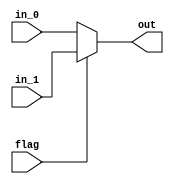
module mux #(
  parameter LENGTH = 4,
  parameter DATA_WIDTH = 16
)(
  input flag,
  input [LENGTH*DATA_WIDTH-1 : 0] in_0,
  input [LENGTH*DATA_WIDTH-1 : 0] in_1,  
  output [LENGTH*DATA_WIDTH-1 : 0] out  
);
  assign out = flag ? in_1 : in_0;
endmodule

module invert #(
  parameter LENGTH = 4,
  parameter DATA_WIDTH = 16
) (
  input [LENGTH*DATA_WIDTH-1 : 0] in,
  output [LENGTH*DATA_WIDTH-1 : 0] out
);
  genvar i; 
  generate for (i=0; i<LENGTH; i=i+1)
    assign out[DATA_WIDTH*(i+1) -1 -: DATA_WIDTH] 
           = in[DATA_WIDTH*(LENGTH-i) -1 -: DATA_WIDTH];
  endgenerate 
endmodule

module shifter #(
  parameter LENGTH = 3,
  parameter DATA_WIDTH = 16
) (
  input clk,
  input enable,
  input [DATA_WIDTH-1 : 0] in,
  output reg [DATA_WIDTH-1 : 0] out = 0
);
  reg [DATA_WIDTH*LENGTH-1 : 0] inner_shifters = 0;
  integer i;
  always @(posedge clk ) begin
    if (enable) begin
      inner_shifters[DATA_WIDTH-1 : 0] <= in;
      out <= inner_shifters[DATA_WIDTH*LENGTH-1 -: DATA_WIDTH];
      for (i=1; i<LENGTH; i=i+1) 
        inner_shifters[DATA_WIDTH*(i+1) - 1 -: DATA_WIDTH] 
        <= inner_shifters[DATA_WIDTH*i - 1 -: DATA_WIDTH];
    end else begin
      out <= out;
      inner_shifters <= inner_shifters;
    end
  end  
endmodule

module column_shifter #(
  parameter LENGTH = 4,
  parameter DATA_WIDTH = 16
) (
  input clk,
  input enable,
  input [LENGTH*DATA_WIDTH-1 : 0] in,
  output reg [LENGTH*DATA_WIDTH-1 : 0] out  
);
  always @(posedge clk) out <= in;
endmodule

// 
module triangle_shifter_array #(
  parameter HIGHT = 4,
  parameter DATA_WIDTH = 16 
) (
  input clk,
  input enable,
  input [DATA_WIDTH*HIGHT-1 : 0] in,
  output [DATA_WIDTH*HIGHT-1 : 0] out
);
  reg [DATA_WIDTH-1:0] lowest = 0;
  genvar i;
  assign out[DATA_WIDTH-1 -: DATA_WIDTH] = lowest;
  always @(posedge clk) 
    lowest <= in[DATA_WIDTH-1 -: DATA_WIDTH];
  generate for( i = 1; i< HIGHT; i=i+1) begin
      shifter #(i, DATA_WIDTH) shifter (clk, enable, in[DATA_WIDTH*(i+1)-1 -: DATA_WIDTH], out[DATA_WIDTH*(i+1)-1 -: DATA_WIDTH]);
  end endgenerate
endmodule


module input_parser #(
  parameter Full_Size = 8,
  parameter Half_Size = 4,
  parameter DATA_WIDTH = 16
) (
  input clk,
  input enable,
  input tile,
  input [Full_Size*DATA_WIDTH-1 : 0] in_0,
  input [Full_Size*DATA_WIDTH-1 : 0] in_1,  // 
  output [Full_Size*DATA_WIDTH-1 : 0] out_0,
  output [Full_Size*DATA_WIDTH-1 : 0] out_1 // 
);
  wire [Half_Size*DATA_WIDTH-1 : 0] wire_tri_0_out;
  wire [Half_Size*DATA_WIDTH-1 : 0] wire_tri_0_out_delayed;
  wire [Half_Size*DATA_WIDTH-1 : 0] wire_tri_1_out;
  wire [Half_Size*DATA_WIDTH-1 : 0] wire_tri_2_in;
  wire [Half_Size*DATA_WIDTH-1 : 0] wire_tri_2_out;
  wire [Half_Size*DATA_WIDTH-1 : 0] wire_tri_2_out_inv;
  wire [Half_Size*DATA_WIDTH-1 : 0] wire_tri_3_in;
  wire [Half_Size*DATA_WIDTH-1 : 0] wire_tri_3_out;
  wire [Half_Size*DATA_WIDTH-1 : 0] inv_3_data_out;

  triangle_shifter_array #(Half_Size, DATA_WIDTH) triangle_0 (clk, enable, in_0[Half_Size*DATA_WIDTH-1 -: Half_Size*DATA_WIDTH], wire_tri_0_out);
  triangle_shifter_array #(Half_Size, DATA_WIDTH) triangle_1 (clk, enable, in_0[Full_Size*DATA_WIDTH-1 -: Half_Size*DATA_WIDTH], wire_tri_1_out);
  mux #(Half_Size,DATA_WIDTH) mux_tri_2_in (tile, wire_tri_1_out, in_1[Full_Size*DATA_WIDTH-1 -: Half_Size*DATA_WIDTH], wire_tri_2_in);
  triangle_shifter_array #(Half_Size, DATA_WIDTH) triangle_2 (clk, enable, wire_tri_2_in, wire_tri_2_out);
  invert #(Half_Size,DATA_WIDTH) invert_2_out (wire_tri_2_out, wire_tri_2_out_inv);
  mux #(Half_Size,DATA_WIDTH) mux_tri_3_in (tile, wire_tri_2_out_inv, in_1[Half_Size*DATA_WIDTH-1 -: Half_Size*DATA_WIDTH], wire_tri_3_in);
  triangle_shifter_array #(Half_Size, DATA_WIDTH) triangle_3 (clk, enable, wire_tri_3_in, wire_tri_3_out);
  invert #(Half_Size,DATA_WIDTH) invert_3_out (wire_tri_3_out, inv_3_data_out);
  column_shifter # (Half_Size, DATA_WIDTH) column (clk, enable, wire_tri_0_out, wire_tri_0_out_delayed);
  assign out_0[Full_Size*DATA_WIDTH-1 -: Half_Size*DATA_WIDTH] = tile ? wire_tri_3_out : inv_3_data_out;
  assign out_0[Half_Size*DATA_WIDTH-1 -: Half_Size*DATA_WIDTH] = tile ? wire_tri_0_out : wire_tri_0_out_delayed;
  assign out_1[Half_Size*DATA_WIDTH-1 -: Half_Size*DATA_WIDTH] = wire_tri_3_out;
  assign out_1[Full_Size*DATA_WIDTH-1 -: Half_Size*DATA_WIDTH] = wire_tri_2_out;
endmodule

module test();
  reg clk = 0;
  reg enable = 1;
  reg tile;
  reg [63:0] in_0 = 0;
  reg [63:0] in_1 = 0;
  wire [63:0] out_0;
  wire [63:0] out_1;

  input_parser #(8,4,8) in_parse (clk, enable, tile, in_0, in_1, out_0, out_1);
  
  always # 1 begin 
    $display("out_0: %d%d%d%d %d%d%d%d, out_1: %d%d%d%d %d%d%d%d", 
            out_0[63:56], out_0[55:48], out_0[47:40], out_0[39:32], out_0[31:24], out_0[23:16], out_0[15:8], out_0[7:0],
            out_1[63:56], out_1[55:48], out_1[47:40], out_1[39:32], out_1[31:24], out_1[23:16], out_1[15:8], out_1[7:0]
            );
    clk = !clk; 
  end
  
  initial begin
    # 0 tile = 1; $display(" on");
    # 1 in_0[63:56] = 8; in_0[55:48] = 7; in_0[47:40] = 6; in_0[39:32] = 5;
        in_0[31:24] = 4; in_0[23:16] = 3; in_0[15: 8] = 2; in_0[ 7: 0] = 1;
        in_1[63:56] = 88; in_1[55:48] = 77; in_1[47:40] = 66; in_1[39:32] = 55;
        in_1[31:24] = 44; in_1[23:16] = 33; in_1[15: 8] = 22; in_1[ 7: 0] = 11;
    # 1 in_0[63:56] = 8; in_0[55:48] = 7; in_0[47:40] = 6; in_0[39:32] = 5;
        in_0[31:24] = 4; in_0[23:16] = 3; in_0[15: 8] = 2; in_0[ 7: 0] = 1;
        in_1[63:56] = 88; in_1[55:48] = 77; in_1[47:40] = 66; in_1[39:32] = 55;
        in_1[31:24] = 44; in_1[23:16] = 33; in_1[15: 8] = 22; in_1[ 7: 0] = 11; 
    # 1 in_0[63:56] = 0; in_0[55:48] = 0; in_0[47:40] = 0; in_0[39:32] = 0;
        in_0[31:24] = 0; in_0[23:16] = 0; in_0[15: 8] = 0; in_0[ 7: 0] = 0;
        in_1[63:56] = 0; in_1[55:48] = 0; in_1[47:40] = 0; in_1[39:32] = 0;
        in_1[31:24] = 0; in_1[23:16] = 0; in_1[15: 8] = 0; in_1[ 7: 0] = 0;
    # 1 in_0[63:56] = 0; in_0[55:48] = 0; in_0[47:40] = 0; in_0[39:32] = 0;
        in_0[31:24] = 0; in_0[23:16] = 0; in_0[15: 8] = 0; in_0[ 7: 0] = 0;
        in_1[63:56] = 0; in_1[55:48] = 0; in_1[47:40] = 0; in_1[39:32] = 0;
        in_1[31:24] = 0; in_1[23:16] = 0; in_1[15: 8] = 0; in_1[ 7: 0] = 0;
    # 1 in_0[63:56] = 8; in_0[55:48] = 7; in_0[47:40] = 6; in_0[39:32] = 5;
        in_0[31:24] = 4; in_0[23:16] = 3; in_0[15: 8] = 2; in_0[ 7: 0] = 1;
        in_1[63:56] = 88; in_1[55:48] = 77; in_1[47:40] = 66; in_1[39:32] = 55;
        in_1[31:24] = 44; in_1[23:16] = 33; in_1[15: 8] = 22; in_1[ 7: 0] = 11;
    # 1 in_0[63:56] = 8; in_0[55:48] = 7; in_0[47:40] = 6; in_0[39:32] = 5;
        in_0[31:24] = 4; in_0[23:16] = 3; in_0[15: 8] = 2; in_0[ 7: 0] = 1;
        in_1[63:56] = 88; in_1[55:48] = 77; in_1[47:40] = 66; in_1[39:32] = 55;
        in_1[31:24] = 44; in_1[23:16] = 33; in_1[15: 8] = 22; in_1[ 7: 0] = 11; 
    # 1 in_0[63:56] = 0; in_0[55:48] = 0; in_0[47:40] = 0; in_0[39:32] = 0;
        in_0[31:24] = 0; in_0[23:16] = 0; in_0[15: 8] = 0; in_0[ 7: 0] = 0;
        in_1[63:56] = 0; in_1[55:48] = 0; in_1[47:40] = 0; in_1[39:32] = 0;
        in_1[31:24] = 0; in_1[23:16] = 0; in_1[15: 8] = 0; in_1[ 7: 0] = 0;
    # 1 in_0[63:56] = 0; in_0[55:48] = 0; in_0[47:40] = 0; in_0[39:32] = 0;
        in_0[31:24] = 0; in_0[23:16] = 0; in_0[15: 8] = 0; in_0[ 7: 0] = 0;
        in_1[63:56] = 0; in_1[55:48] = 0; in_1[47:40] = 0; in_1[39:32] = 0;
        in_1[31:24] = 0; in_1[23:16] = 0; in_1[15: 8] = 0; in_1[ 7: 0] = 0; 
    # 1 in_0[63:56] = 0; in_0[55:48] = 0; in_0[47:40] = 0; in_0[39:32] = 0;
        in_0[31:24] = 0; in_0[23:16] = 0; in_0[15: 8] = 0; in_0[ 7: 0] = 0;
        in_1[63:56] = 0; in_1[55:48] = 0; in_1[47:40] = 0; in_1[39:32] = 0;
        in_1[31:24] = 0; in_1[23:16] = 0; in_1[15: 8] = 0; in_1[ 7: 0] = 0;
    # 1 in_0[63:56] = 0; in_0[55:48] = 0; in_0[47:40] = 0; in_0[39:32] = 0;
        in_0[31:24] = 0; in_0[23:16] = 0; in_0[15: 8] = 0; in_0[ 7: 0] = 0;
        in_1[63:56] = 0; in_1[55:48] = 0; in_1[47:40] = 0; in_1[39:32] = 0;
        in_1[31:24] = 0; in_1[23:16] = 0; in_1[15: 8] = 0; in_1[ 7: 0] = 0;
    # 1 in_0[63:56] = 8; in_0[55:48] = 7; in_0[47:40] = 6; in_0[39:32] = 5;
        in_0[31:24] = 4; in_0[23:16] = 3; in_0[15: 8] = 2; in_0[ 7: 0] = 1;
        in_1[63:56] = 88; in_1[55:48] = 77; in_1[47:40] = 66; in_1[39:32] = 55;
        in_1[31:24] = 44; in_1[23:16] = 33; in_1[15: 8] = 22; in_1[ 7: 0] = 11;
    # 1 in_0[63:56] = 8; in_0[55:48] = 7; in_0[47:40] = 6; in_0[39:32] = 5;
        in_0[31:24] = 4; in_0[23:16] = 3; in_0[15: 8] = 2; in_0[ 7: 0] = 1;
        in_1[63:56] = 88; in_1[55:48] = 77; in_1[47:40] = 66; in_1[39:32] = 55;
        in_1[31:24] = 44; in_1[23:16] = 33; in_1[15: 8] = 22; in_1[ 7: 0] = 11; 
    # 1 in_0[63:56] = 0; in_0[55:48] = 0; in_0[47:40] = 0; in_0[39:32] = 0;
        in_0[31:24] = 0; in_0[23:16] = 0; in_0[15: 8] = 0; in_0[ 7: 0] = 0;
        in_1[63:56] = 0; in_1[55:48] = 0; in_1[47:40] = 0; in_1[39:32] = 0;
        in_1[31:24] = 0; in_1[23:16] = 0; in_1[15: 8] = 0; in_1[ 7: 0] = 0;
    # 1 in_0[63:56] = 0; in_0[55:48] = 0; in_0[47:40] = 0; in_0[39:32] = 0;
        in_0[31:24] = 0; in_0[23:16] = 0; in_0[15: 8] = 0; in_0[ 7: 0] = 0;
        in_1[63:56] = 0; in_1[55:48] = 0; in_1[47:40] = 0; in_1[39:32] = 0;
        in_1[31:24] = 0; in_1[23:16] = 0; in_1[15: 8] = 0; in_1[ 7: 0] = 0;
    # 1 in_0[63:56] = 0; in_0[55:48] = 0; in_0[47:40] = 0; in_0[39:32] = 0;
        in_0[31:24] = 0; in_0[23:16] = 0; in_0[15: 8] = 0; in_0[ 7: 0] = 0;
        in_1[63:56] = 0; in_1[55:48] = 0; in_1[47:40] = 0; in_1[39:32] = 0;
        in_1[31:24] = 0; in_1[23:16] = 0; in_1[15: 8] = 0; in_1[ 7: 0] = 0;
    # 1 in_0[63:56] = 0; in_0[55:48] = 0; in_0[47:40] = 0; in_0[39:32] = 0;
        in_0[31:24] = 0; in_0[23:16] = 0; in_0[15: 8] = 0; in_0[ 7: 0] = 0;
        in_1[63:56] = 0; in_1[55:48] = 0; in_1[47:40] = 0; in_1[39:32] = 0;
        in_1[31:24] = 0; in_1[23:16] = 0; in_1[15: 8] = 0; in_1[ 7: 0] = 0;
    # 1 in_0[63:56] = 8; in_0[55:48] = 7; in_0[47:40] = 6; in_0[39:32] = 5;
        in_0[31:24] = 4; in_0[23:16] = 3; in_0[15: 8] = 2; in_0[ 7: 0] = 1;
        in_1[63:56] = 88; in_1[55:48] = 77; in_1[47:40] = 66; in_1[39:32] = 55;
        in_1[31:24] = 44; in_1[23:16] = 33; in_1[15: 8] = 22; in_1[ 7: 0] = 11;
    # 1 in_0[63:56] = 8; in_0[55:48] = 7; in_0[47:40] = 6; in_0[39:32] = 5;
        in_0[31:24] = 4; in_0[23:16] = 3; in_0[15: 8] = 2; in_0[ 7: 0] = 1;
        in_1[63:56] = 88; in_1[55:48] = 77; in_1[47:40] = 66; in_1[39:32] = 55;
        in_1[31:24] = 44; in_1[23:16] = 33; in_1[15: 8] = 22; in_1[ 7: 0] = 11; 
    # 1 in_0[63:56] = 0; in_0[55:48] = 0; in_0[47:40] = 0; in_0[39:32] = 0;
        in_0[31:24] = 0; in_0[23:16] = 0; in_0[15: 8] = 0; in_0[ 7: 0] = 0;
        in_1[63:56] = 0; in_1[55:48] = 0; in_1[47:40] = 0; in_1[39:32] = 0;
        in_1[31:24] = 0; in_1[23:16] = 0; in_1[15: 8] = 0; in_1[ 7: 0] = 0;
    # 1 in_0[63:56] = 0; in_0[55:48] = 0; in_0[47:40] = 0; in_0[39:32] = 0;
        in_0[31:24] = 0; in_0[23:16] = 0; in_0[15: 8] = 0; in_0[ 7: 0] = 0;
        in_1[63:56] = 0; in_1[55:48] = 0; in_1[47:40] = 0; in_1[39:32] = 0;
        in_1[31:24] = 0; in_1[23:16] = 0; in_1[15: 8] = 0; in_1[ 7: 0] = 0;        
    # 1 tile = 0; $display(" offsize/2");
    # 1 in_0[63:56] = 8; in_0[55:48] = 7; in_0[47:40] = 6; in_0[39:32] = 5;
        in_0[31:24] = 4; in_0[23:16] = 3; in_0[15: 8] = 2; in_0[ 7: 0] = 1;
    # 1 in_0[63:56] = 8; in_0[55:48] = 7; in_0[47:40] = 6; in_0[39:32] = 5;
        in_0[31:24] = 4; in_0[23:16] = 3; in_0[15: 8] = 2; in_0[ 7: 0] = 1;    
    # 1 in_0[63:56] = 0; in_0[55:48] = 0; in_0[47:40] = 0; in_0[39:32] = 0;
        in_0[31:24] = 0; in_0[23:16] = 0; in_0[15: 8] = 0; in_0[ 7: 0] = 0;
    # 1 in_0[63:56] = 0; in_0[55:48] = 0; in_0[47:40] = 0; in_0[39:32] = 0;
        in_0[31:24] = 0; in_0[23:16] = 0; in_0[15: 8] = 0; in_0[ 7: 0] = 0;    
    # 1 in_0[63:56] = 8; in_0[55:48] = 7; in_0[47:40] = 6; in_0[39:32] = 5;
        in_0[31:24] = 4; in_0[23:16] = 3; in_0[15: 8] = 2; in_0[ 7: 0] = 1;
    # 1 in_0[63:56] = 8; in_0[55:48] = 7; in_0[47:40] = 6; in_0[39:32] = 5;
        in_0[31:24] = 4; in_0[23:16] = 3; in_0[15: 8] = 2; in_0[ 7: 0] = 1;    
    # 1 in_0[63:56] = 0; in_0[55:48] = 0; in_0[47:40] = 0; in_0[39:32] = 0;
        in_0[31:24] = 0; in_0[23:16] = 0; in_0[15: 8] = 0; in_0[ 7: 0] = 0;
    # 1 in_0[63:56] = 0; in_0[55:48] = 0; in_0[47:40] = 0; in_0[39:32] = 0;
        in_0[31:24] = 0; in_0[23:16] = 0; in_0[15: 8] = 0; in_0[ 7: 0] = 0;                       
    # 40 $stop;
  end
  
endmodule